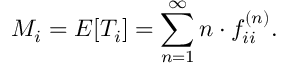
M _ { i } = E [ T _ { i } ] = \sum _ { n = 1 } ^ { \infty } n \cdot f _ { i i } ^ { ( n ) } .